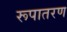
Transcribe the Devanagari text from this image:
रूपातरण